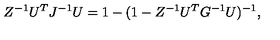
Z ^ { - 1 } U ^ { T } J ^ { - 1 } U = 1 - ( 1 - Z ^ { - 1 } U ^ { T } G ^ { - 1 } U ) ^ { - 1 } ,